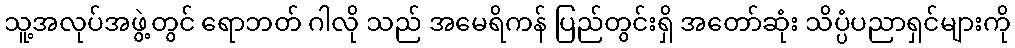
သူ့အလုပ်အဖွဲ့တွင် ရောဘတ် ဂါလို သည် အမေရိကန် ပြည်တွင်းရှိ အတော်ဆုံး သိပ္ပံပညာရှင်များကို